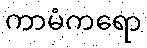
ကာမံကရော